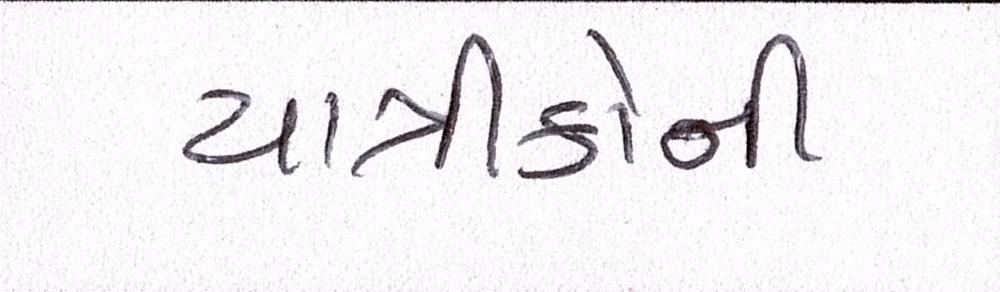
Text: યાત્રીકોની